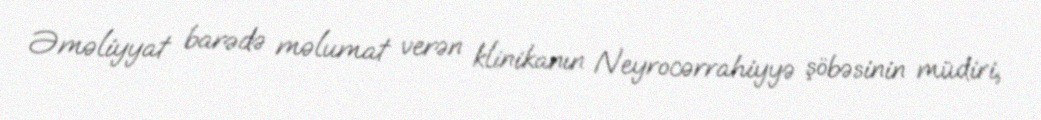
Əməliyyat barədə məlumat verən klinikanın Neyrocərrahiyyə şöbəsinin müdiri,